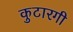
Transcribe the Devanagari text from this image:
कुटारगी